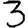
Digit: 3